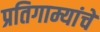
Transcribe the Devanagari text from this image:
प्रतिगाम्यांचे